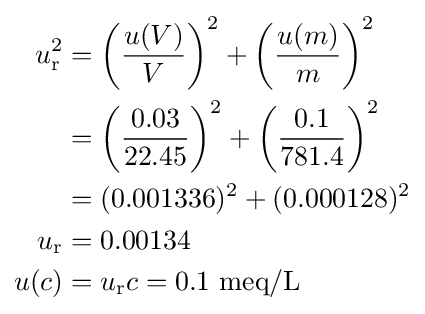
{\begin{aligned}u_{\rm {r}}^{2}&=\left({\frac {u(V)}{V}}\right)^{2}+\left({\frac {u(m)}{m}}\right)^{2}\\&=\left({\frac {0.03}{22.45}}\right)^{2}+\left({\frac {0.1}{781.4}}\right)^{2}\\&=(0.001336)^{2}+(0.000128)^{2}\\u_{\rm {r}}&=0.00134\\u(c)&=u_{\rm {r}}c=0.1\ {\rm {meq/L}}\end{aligned}}